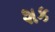
શક